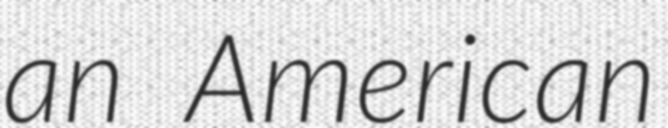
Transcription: an American